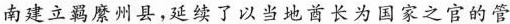
南建立羁縻州县，延续了以当地酋长为国家之官的管